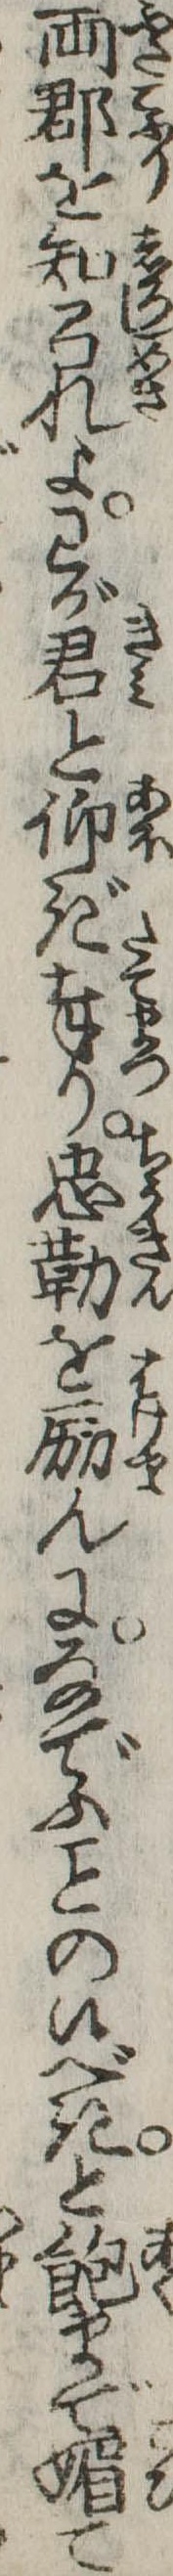
両郡を知召れよわが君と仰ぎ奉り忠勤を励んになでふの候べきと飽まで媚て